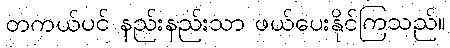
တကယ်ပင် နည်းနည်းသာ ဖယ်ပေးနိုင်ကြသည်။